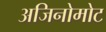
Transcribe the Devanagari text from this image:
अजिनोमोट